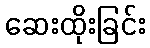
ဆေးထိုးခြင်း